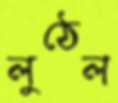
লুঠেল